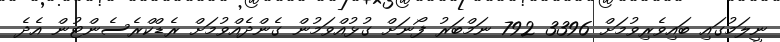
ނީލަމުގައި ބައިވެރިވުމަށް 3396 792 ނަމްބަރު ފޯނަށް ގުޅުއްވަމުން ގެންދެއްވުމަށް ރެޑްކްރެސެންޓުން އެދެ